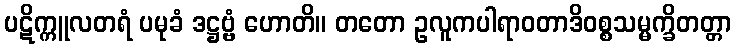
ပဋိက္ကူလတရံ ပမုခံ ဒဋ္ဌဗ္ဗံ ဟောတိ။ တတော ဥလူကပါရာဝတာဒိဝစ္စသမ္မက္ခိတတ္တာ